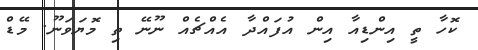
ކޮހާ ތީ އިންޑިއާ އިން އުފައްދާ އެއްޗެއް ނޫނޭ ތި މޮޔަވަނޫ. މޭޑް